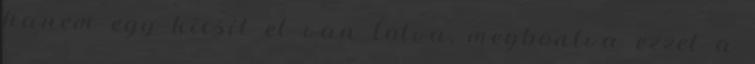
hanem egy kicsit el van tolva, megbontva ezzel a